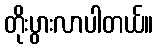
တိုးပွားလာပါတယ်။